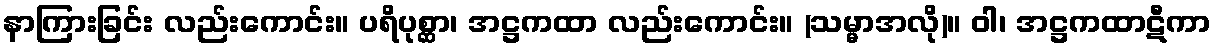
နာကြားခြင်း လည်းကောင်း။ ပရိပုစ္ဆာ၊ အဋ္ဌကထာ လည်းကောင်း။ (သမ္မာအလို)။ ဝါ၊ အဋ္ဌကထာဋီကာ